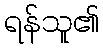
ရန်သူ၏